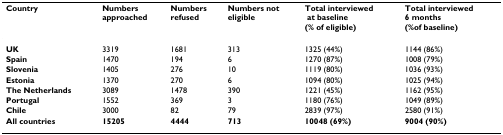
| Country | Numbers approached | Numbers refused | Numbers noteligible | Total interviewed at baseline(% of eligible) | Total interviewed6 months(%of baseline) |
 | --- | --- | --- | --- | --- | --- |
 | UK | 3319 | 1681 | 313 | 1325 (44%) | 1144 (86%) |
 | Spain | 1470 | 194 | 6 | 1270 (87%) | 1008 (79%) |
 | Slovenia | 1405 | 276 | 10 | 1119 (80%) | 1036 (93%) |
 | Estonia | 1370 | 270 | 6 | 1094 (80%) | 1025 (94%) |
 | The Netherlands | 3089 | 1478 | 390 | 1221 (45%) | 1162 (95%) |
 | Portugal | 1552 | 369 | 3 | 1180 (76%) | 1049 (89%) |
 | Chile | 3000 | 82 | 79 | 2839 (97%) | 2580 (91%) |
 | All countries | 15205 | 4444 | 713 | 10048 (69%) | 9004 (90%) |